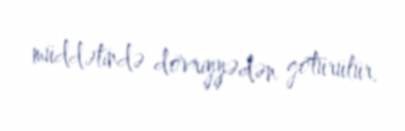
müddətində dövriyyədən götürülür.